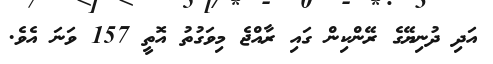
އަދި ދުނިޔޭގެ ރޭންކިން ގައި ރާއްޖެ މިވަގުތު އޮތީ 157 ވަނަ އެވެ.